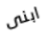
ابنى